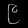
Digit: ၉